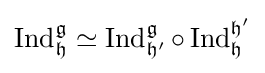
\operatorname {Ind} _{\mathfrak {h}}^{\mathfrak {g}}\simeq \operatorname {Ind} _{\mathfrak {h'}}^{\mathfrak {g}}\circ \operatorname {Ind} _{\mathfrak {h}}^{\mathfrak {h'}}